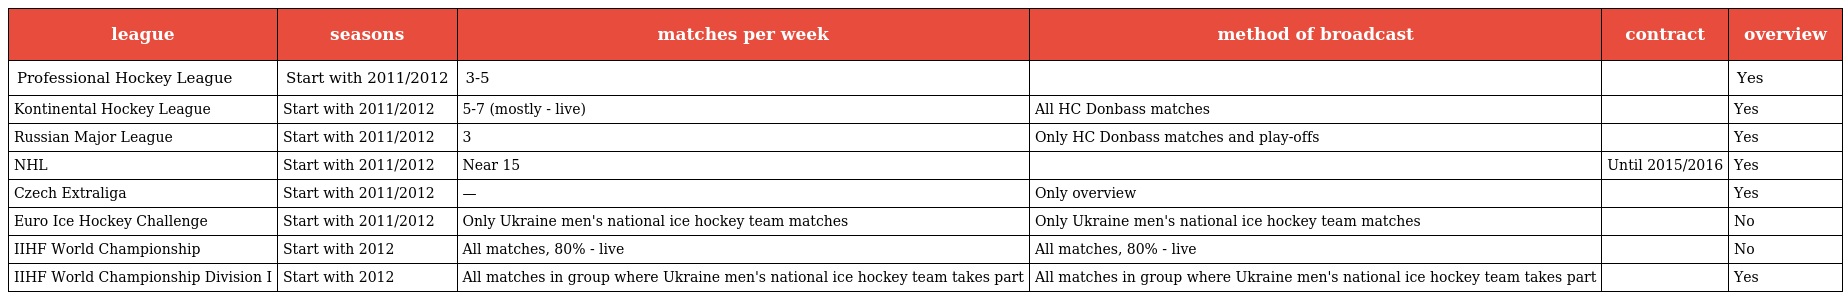
| league | seasons | matches per week | method of broadcast | contract | overview |
 | --- | --- | --- | --- | --- | --- |
 | Professional Hockey League | Start with 2011/2012 | 3-5 |  |  | Yes |
 | Kontinental Hockey League | Start with 2011/2012 | 5-7 (mostly - live) | All HC Donbass matches |  | Yes |
 | Russian Major League | Start with 2011/2012 | 3 | Only HC Donbass matches and play-offs |  | Yes |
 | NHL | Start with 2011/2012 | Near 15 |  | Until 2015/2016 | Yes |
 | Czech Extraliga | Start with 2011/2012 | — | Only overview |  | Yes |
 | Euro Ice Hockey Challenge | Start with 2011/2012 | Only Ukraine men's national ice hockey team matches | Only Ukraine men's national ice hockey team matches |  | No |
 | IIHF World Championship | Start with 2012 | All matches, 80% - live | All matches, 80% - live |  | No |
 | IIHF World Championship Division I | Start with 2012 | All matches in group where Ukraine men's national ice hockey team takes part | All matches in group where Ukraine men's national ice hockey team takes part |  | Yes |